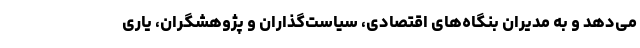
می‌دهد و به مدیران بنگاه‌های اقتصادی، سیاست‌گذاران و پژوهشگران، یاری